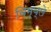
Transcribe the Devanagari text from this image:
विम्ब्ले